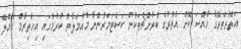
އަތޮޅުތެރޭގެ ޚާއްސަ ކޮށް އުތުރުގެ ބުރާންޗްތަކުން ކަސްޓަމަރުންނާ މުއާމަލާތު ކުުރުމުގައި އިހުތިރާމް ގެއްލޭ